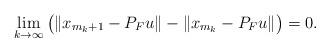
LaTeX: \begin{align*}\lim_{k \to \infty}\big(\|x_{m_k+1}-P_Fu\|-\|x_{m_k}-P_Fu\|\big)=0.\end{align*}